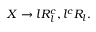
X \rightarrow l R _ { l } ^ { c } , l ^ { c } R _ { l } .